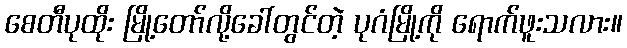
စေတီပုထိုး မြို့တော်လို့ခေါ်တွင်တဲ့ ပုဂံမြို့ကို ရောက်ဖူးသလား။